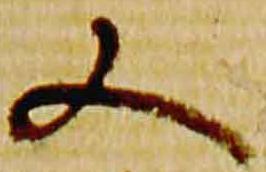
又